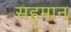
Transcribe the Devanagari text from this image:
सहमान